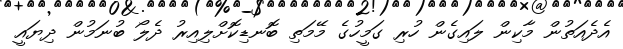
އެދެއަތުން މާކިން ލައިގެން ހުރި ގަމީހުގެ މޭމަތި ބޮނޑިކޮށްލިއިރު ދެލޯ ބުނަމުން ދިޔައީ